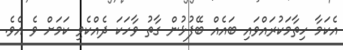
އެކަމާ ހިތާމަކުރައްވައި ބައެއް ބޭފުޅުން ގާތު ވާހަކަ ދެއްކެވި ކަމަށް ވެ އެވެ.